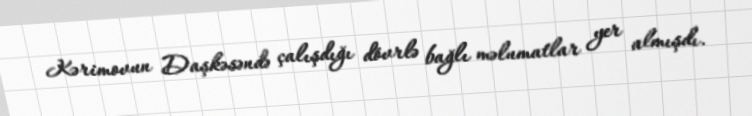
Kərimovun Daşkəsəndə çalışdığı dövrlə bağlı məlumatlar yer almışdı.